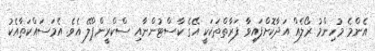
އެންމެ މުހިންމު ރޯލެއް އަދާކޮށްފައިވާ ފަރާތްތަކަކީ އޭގެ ކާސްޓުންނާއި ސްކްރީންޕްލޭ އެވެ. އެމަސައްކަތާއެކު